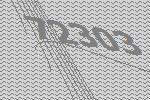
72303